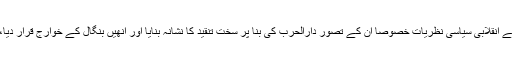
اس سلسلے میں انھوں نے فرائصی تحریک کو ان کے انقلابی سیاسی نظریات خصوصا ان کے تصورِ دارالحرب کی بنا پر سخت تنقید کا نشانہ بنایا اور انھیں بنگال کے خوارج قرار دیا، اور ہندوستان کو دارالامان اور دارالاسلام قرار دیا۔